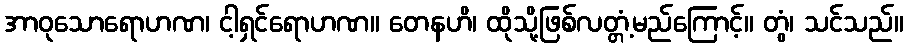
အာဝုသောရောဟဏ၊ ငါ့ရှင်ရောဟဏ။ တေနဟိ၊ ထိုသို့ဖြစ်လတ္တံ့မည်ကြောင့်။ တွံ၊ သင်သည်။